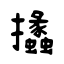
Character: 攭